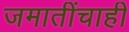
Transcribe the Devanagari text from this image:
जमातींचाही